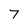
Character: 7